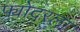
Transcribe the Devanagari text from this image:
फ्योदरला